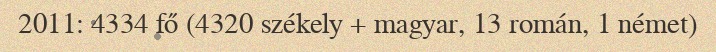
2011: 4334 fő (4320 székely + magyar, 13 román, 1 német)